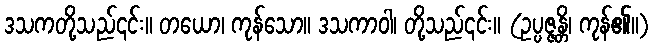
ဒသကတို့သည်၎င်း။ တယော၊ ကုန်သော။ ဒသကာဝါ၊ တို့သည်၎င်း။ (ဥပ္ပဇ္ဇန္တိ၊ ကုန်၏။)